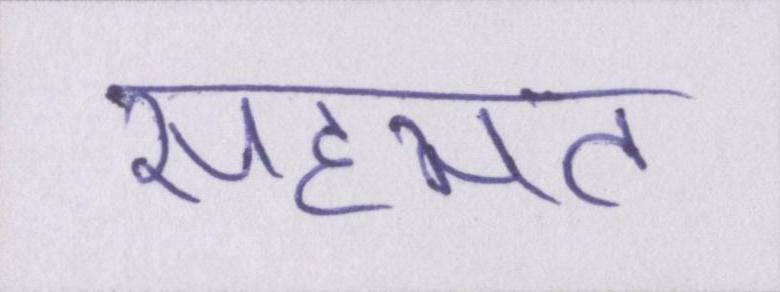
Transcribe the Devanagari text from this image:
सहमत